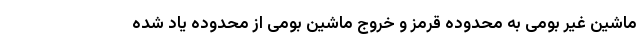
ماشین غیر بومی به محدوده قرمز و خروج ماشین بومی از محدوده یاد شده